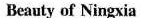
Beauty of Ningxia